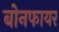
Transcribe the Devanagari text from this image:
बोनफायर